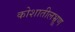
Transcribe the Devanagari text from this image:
कोशातीलभ्रूण